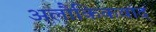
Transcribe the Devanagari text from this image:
अलौकिकवाद